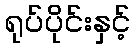
ရုပ်ပိုင်းနှင့်